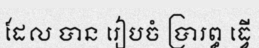
ដែល បាន រៀបចំ ប្រារព្ធ ធ្វើ